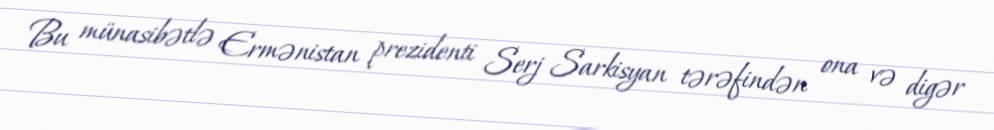
Bu münasibətlə Ermənistan prezidenti Serj Sarkisyan tərəfindən ona və digər